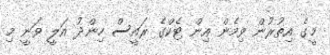
މީގެ އިތުރުން ވިމެން އިން ޓެކްގެ ރައީސް ހިންދު އަލީ ވަނީ މި